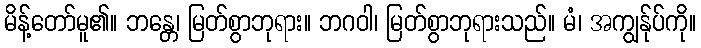
မိန့်တော်မူ၏။ ဘန္တေ၊ မြတ်စွာဘုရား။ ဘဂဝါ၊ မြတ်စွာဘုရားသည်။ မံ၊ အကျွန်ုပ်ကို။